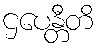
ဌပေန္တီတိ